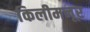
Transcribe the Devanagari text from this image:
किलीमनूर